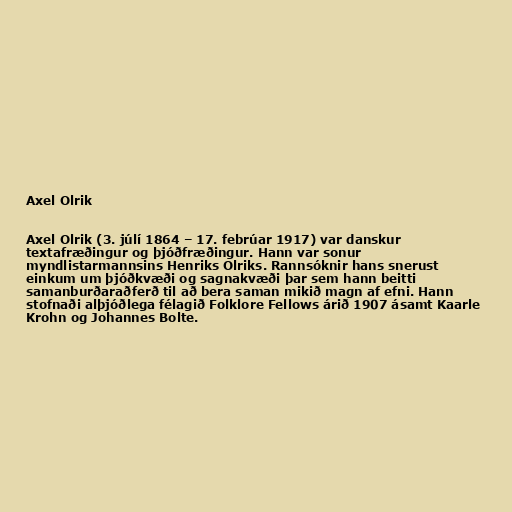
Axel Olrik

Axel Olrik (3. júlí 1864 – 17. febrúar 1917) var danskur
textafræðingur og þjóðfræðingur. Hann var sonur
myndlistarmannsins Henriks Olriks. Rannsóknir hans snerust
einkum um þjóðkvæði og sagnakvæði þar sem hann beitti
samanburðaraðferð til að bera saman mikið magn af efni. Hann
stofnaði alþjóðlega félagið Folklore Fellows árið 1907 ásamt Kaarle
Krohn og Johannes Bolte.